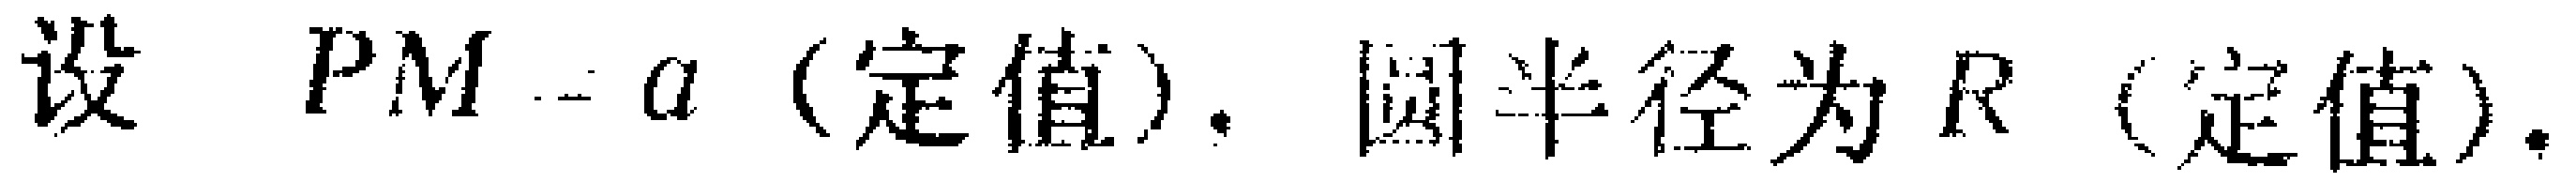
设 \(PM = a\)（定值），圆半径为 \(R\)（定值）。